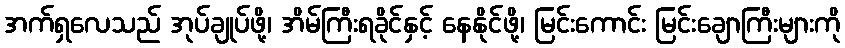
အက်ရှလေသည် အုပ်ချုပ်ဖို့၊ အိမ်ကြီးရခိုင်နှင့် နေနိုင်ဖို့၊ မြင်းကောင်း မြင်းချောကြီးများကို